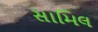
સામિલ